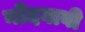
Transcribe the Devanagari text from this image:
नोंदवावी